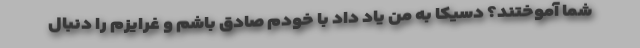
شما آموختند؟ دسیکا به من یاد داد با خودم صادق باشم و غرایزم را دنبال